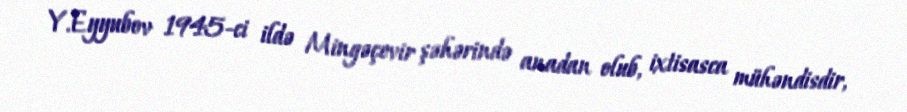
Y.Eyyubov 1945-ci ildə Mingəçevir şəhərində anadan olub, ixtisasca mühəndisdir,